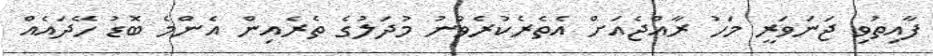
ފާއިތުވި ޖަނަވަރީ މަހު ރާއްޖެއަށް އެތެރެކުރެވުނު މުދަލުގެ ތެރެއިން އެންމެ ބޮޑު ހޭދައެއް